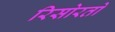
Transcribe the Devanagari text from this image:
रिसोरतो